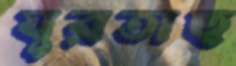
ঘুরতাছ